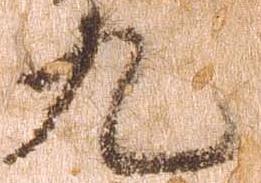
九